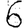
Digit: 6